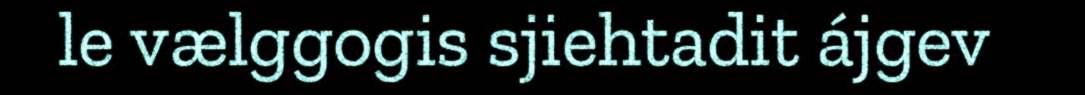
le vælggogis sjiehtadit ájgev